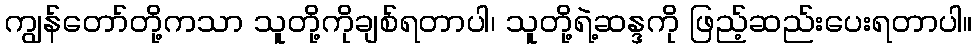
ကျွန်တော်တို့ကသာ သူတို့ကိုချစ်ရတာပါ၊ သူတို့ရဲ့ဆန္ဒကို ဖြည့်ဆည်းပေးရတာပါ။